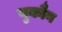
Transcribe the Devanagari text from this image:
युकौन